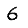
Digit: 6